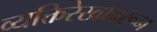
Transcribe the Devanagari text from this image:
व्यक्तिरेखांवरून